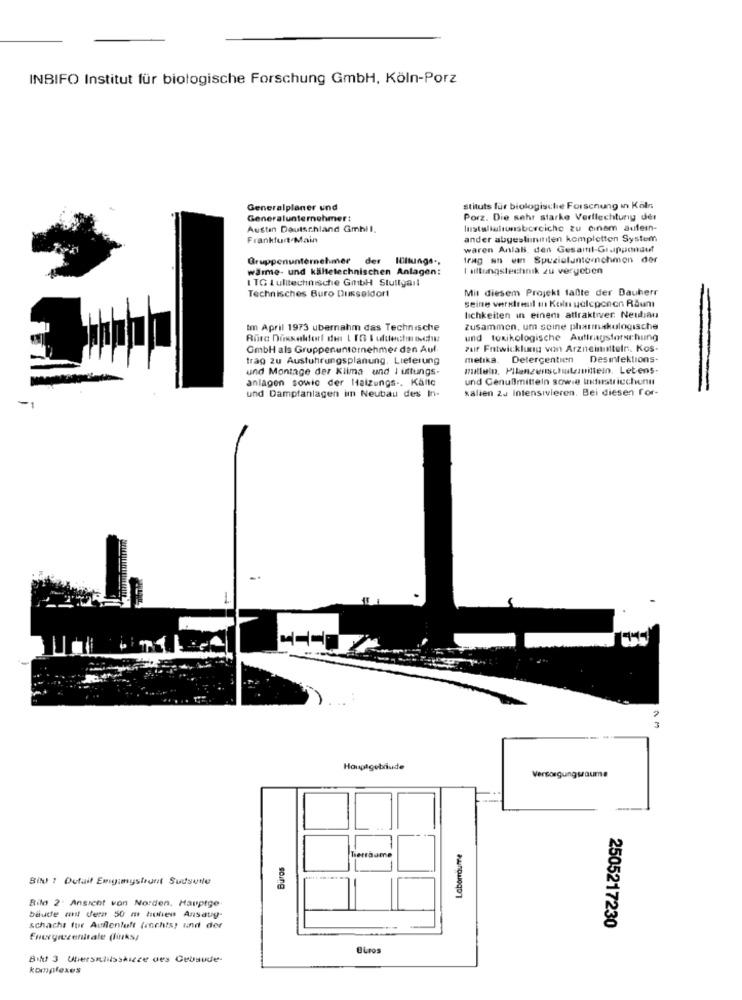
INBIFO Institut für biologische Forschung GmbH, Köln-Porz
Generalplaner und
stituts für biologische Forschung in Köln
Generalunternehmer:
Porz. Die sehr starke Verflechtung der
Austin Deutschland Gmbil.
Installalunaborciche zu einem aufein-
Frankfurt Main
ander abgesti ninten kompletten System
waren AnlaB, den Gesamt-Grupponaut
Gruppenunternehmer der Illtungs .,
frag an um Spuzieluntoinchmon der
wärme- und kältetechnischen Anlagen:
I attungstechnik zu vergeben
I TG Lulltechnische GmbH Stuttgart
Technisches Buro Dusseldorf
Mit diesem Projekt faßte der Bauherr
Seine versitesil mn Koln uelcpcnon Raunt
lichkeiten in einem attraktiver. Neubau
Im April 1973 ubernahm das Technische
zusammen, um seine pharmakulogische
Rüra Disekforl der | [G I uldecha och
und toxikologische Auftragsforschung
GmbH als Gruppenunternehmer den Aul.
Pur Entwicklung win Arzneimitteln, Kos-
trag zu Austuhrungsplanung. Lieferung
melika.
Detergentien
Desinfektions-
und Montage der Klima und I ittungs-
mutluln, Pilanzenschutzmitteln. Lebens-
anlagen sowie der Halzungs -, Kalte
und Cenullmitteln sowie Industriechunnt
kalien 24 Intensivieren. Bei diesen for-
und Dampfanlagen im Neubau des In-
3
Hauptgebäude
Versorgungsaume
Laborräume
Buros
Tierraume
SIN ? Dufait Emgumystrunt Sudsune
Bild 2 Ansicht von Norden. Hauptge
baude mt Vera 50 m hohen Ansaug-
schacht tur Aufenluft (rechts; und der
2505217230
Energiezentrale (fürksy
Otros
Bild 3 Uhersililsskizze des Ceusude-
komplexes